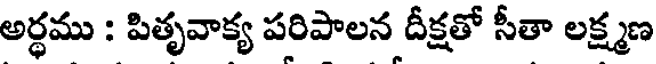
అర్ధము : పితృవాక్య పరిపాలన దీక్షతో సీతా లక్ష్మణ